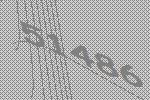
51486